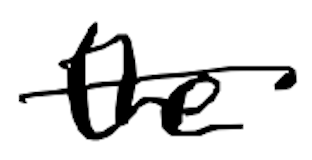
Text: the
Cross-out: single-line
Writing tool: digital_black